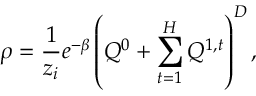
\rho = \frac { 1 } { z _ { i } } e ^ { - \beta } \left( Q ^ { 0 } + \sum _ { t = 1 } ^ { H } Q ^ { 1 , t } \right) ^ { D } ,